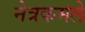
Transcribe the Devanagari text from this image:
नेत्रकमले